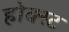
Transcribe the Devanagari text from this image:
होक्स्ट